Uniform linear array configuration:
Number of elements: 24
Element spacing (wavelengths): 0.5
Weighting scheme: kaiser
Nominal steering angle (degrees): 30
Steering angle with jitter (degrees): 30.278
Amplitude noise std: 0.05
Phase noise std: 0.05

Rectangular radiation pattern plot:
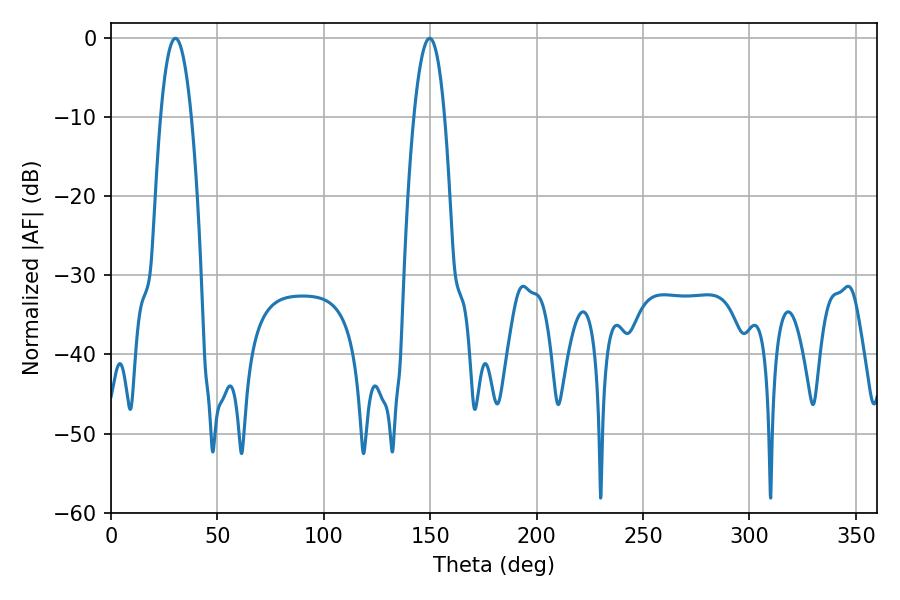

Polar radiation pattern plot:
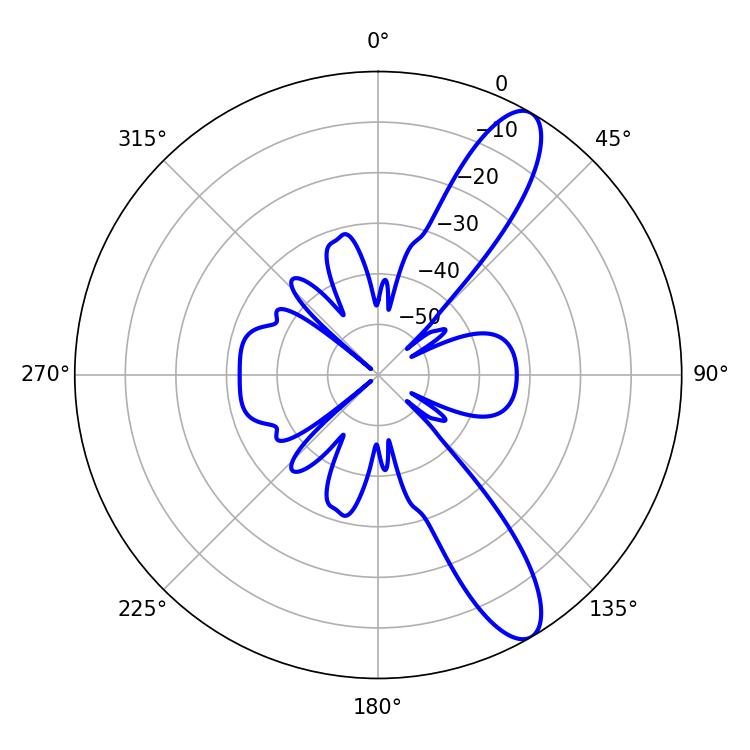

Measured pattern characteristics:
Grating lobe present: FALSE
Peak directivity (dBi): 11.226
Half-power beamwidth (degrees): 8.1
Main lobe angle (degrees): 149.76